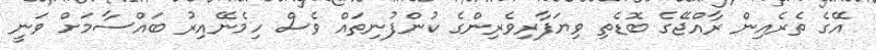
އޭގެ ތެރެއިން ރާއްޖޭގެ ބޮޑެތި ވިޔަފާރިވެރިންގެ ކުންފުނިތައް ވެސް ހިމެނޭއިރު ބައްސާމަށް ވަނީ